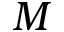
M